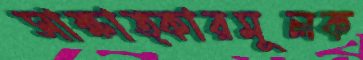
সাক্ষাত্কারমূলক